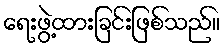
ရေးဖွဲ့ထားခြင်းဖြစ်သည်။